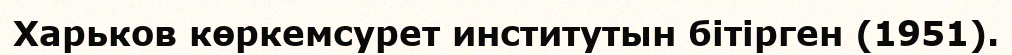
Харьков көркемсурет институтын бітірген (1951).